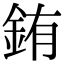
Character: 銪